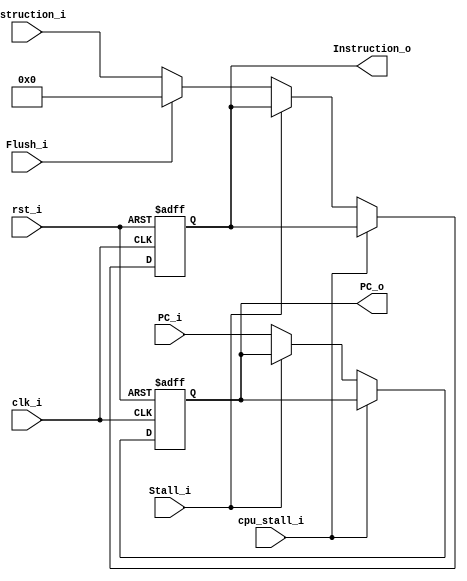
module IF_ID
(
    Instruction_i,
    Stall_i,
    Flush_i,
    PC_i,
    clk_i,
    rst_i,
    cpu_stall_i,
    PC_o,
    Instruction_o
);

// Ports
input   [31:0]      Instruction_i;
input               Stall_i;
input               Flush_i;
input   [31:0]      PC_i;
input               clk_i;
input               rst_i;
input               cpu_stall_i;
output  [31:0]      Instruction_o;
output  [31:0]      PC_o;

reg                 Flush;

reg     [31:0]      Instruction_o;
reg     [31:0]      PC_o;

//Stall = Stall_i;
//Flush = Flush_i;

always@(posedge clk_i or posedge rst_i) begin
        if(rst_i) begin
            Instruction_o <= 32'b0;
            PC_o <= 32'b0;
        end
        else if (~cpu_stall_i) begin
            if(Stall_i) begin
                Instruction_o <= Instruction_o;
                PC_o <= PC_o;
            end
            else if(Flush_i) begin
                Instruction_o <= 32'b0;
                PC_o <= PC_i;
            end
            else begin
                Instruction_o <= Instruction_i;
                PC_o <= PC_i;
            end
        end
end

endmodule